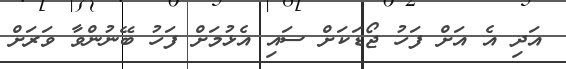
އަދި އެ އަށް ފަހު ޖޯޑަކަށް ސައި އެޅުމަށް ފަހު ބޭނުންވާ ވަރަށް